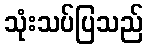
သုံးသပ်ပြသည်